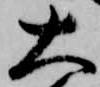
大